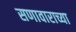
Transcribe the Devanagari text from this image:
सणावाराच्या